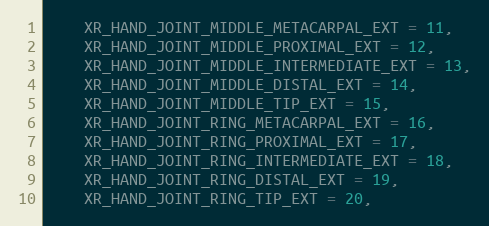
Language: C
    XR_HAND_JOINT_MIDDLE_METACARPAL_EXT = 11,
    XR_HAND_JOINT_MIDDLE_PROXIMAL_EXT = 12,
    XR_HAND_JOINT_MIDDLE_INTERMEDIATE_EXT = 13,
    XR_HAND_JOINT_MIDDLE_DISTAL_EXT = 14,
    XR_HAND_JOINT_MIDDLE_TIP_EXT = 15,
    XR_HAND_JOINT_RING_METACARPAL_EXT = 16,
    XR_HAND_JOINT_RING_PROXIMAL_EXT = 17,
    XR_HAND_JOINT_RING_INTERMEDIATE_EXT = 18,
    XR_HAND_JOINT_RING_DISTAL_EXT = 19,
    XR_HAND_JOINT_RING_TIP_EXT = 20,